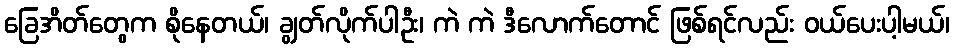
ခြေအိတ်တွေက စိုနေတယ်၊ ချွတ်လိုက်ပါဦး၊ ကဲ ကဲ ဒီလောက်တောင် ဖြစ်ရင်လည်း ဝယ်ပေးပါ့မယ်၊